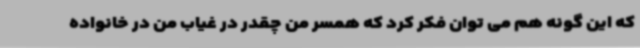
که این گونه هم می توان فکر کرد که همسر من چقدر در غیاب من در خانواده